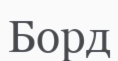
Борд